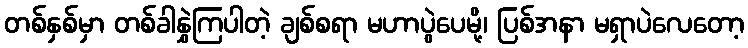
တစ်နှစ်မှာ တစ်ခါနွှဲကြပါတဲ့ ချစ်စရာ မဟာပွဲပေမို့၊ ပြစ်အနာ မရှာပဲလေတော့